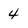
Character: 4